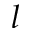
l